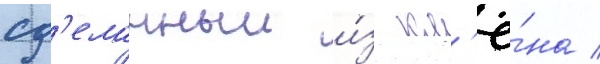
сд'еланныи и́з кл'ё́на /